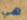
هي